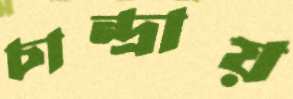
চান্দ্রায়